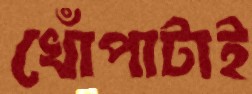
খোঁপাটাই